Report on horse surra - Volume I
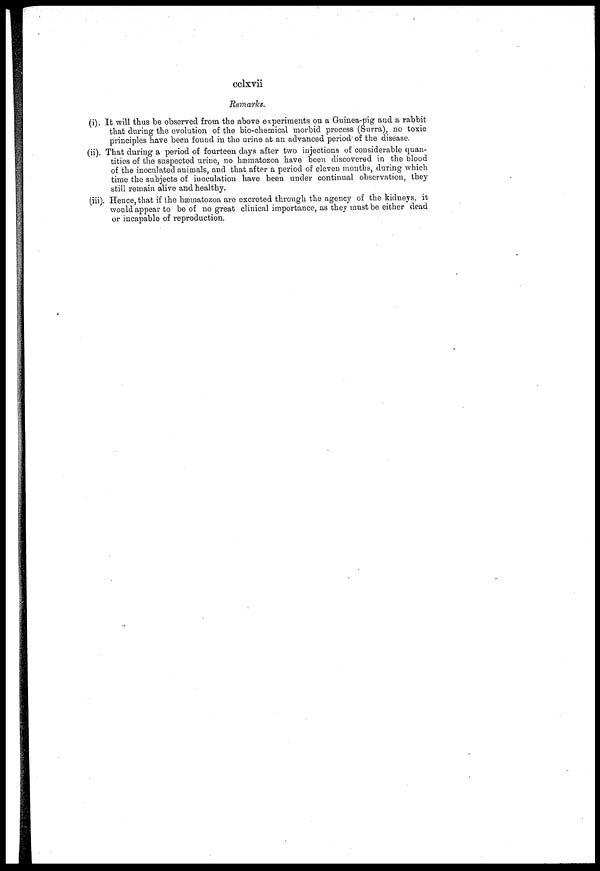
cclxvii
Remarks.
(i). It will thus be observed from the above experiments on a Guinea-pig and a rabbit
that during the evolution of the bio-chemical morbid process (Surra), no toxic
principles have been found in the urine at an advanced period of the disease.
(ii). That during a period of fourteen days after two injections of considerable quan-
tities of the suspected urine, no hæmatozoa have been discovered in the blood
of the inoculated animals, and that after a period of eleven months, during which
time the subjects of inoculation have been under continual observation, they
still remain alive and healthy.
(iii). Hence, that if the hæmatozoa are excreted through the agency of the kidneys, it
would appear to be of no great clinical importance, as they must be either dead
or incapable of reproduction.